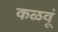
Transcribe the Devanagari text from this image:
कळवूं